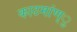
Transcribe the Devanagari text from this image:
काठमांण्ु